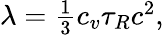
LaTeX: \begin{array}{r}{\lambda=\frac{1}{3}c_{v}\tau_{R}c^{2},}\end{array}